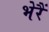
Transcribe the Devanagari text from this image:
भेरैं